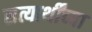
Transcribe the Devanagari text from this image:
सत्यार्थींच्या